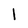
Character: 1